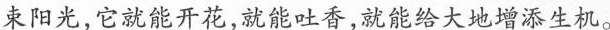
束阳光，它就能开花，就能吐香，就能给大地增添生机。